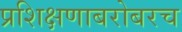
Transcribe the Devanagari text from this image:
प्रशिक्षणाबरोबरच